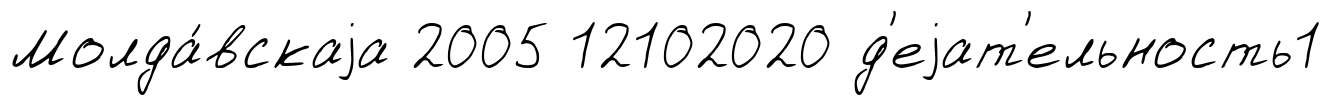
Молда́вскаjа 2005 12102020 д'еjат'ельность1